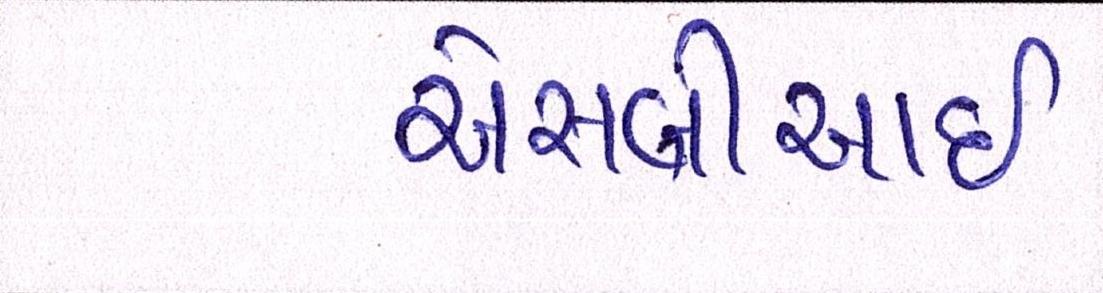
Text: એસબીઆઇ